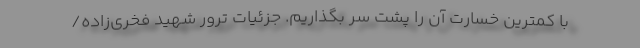
با کمترین خسارت آن را پشت سر بگذاریم. جزئیات ترور شهید فخری‌زاده/